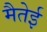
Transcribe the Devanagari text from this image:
मैतेई